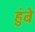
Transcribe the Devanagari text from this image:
हुंबे